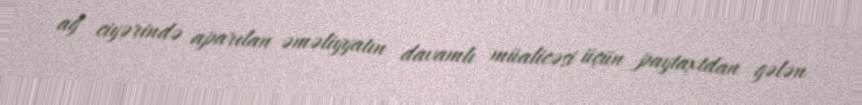
ağ ciyərində aparılan əməliyyatın davamlı müalicəsi üçün paytaxtdan gələn